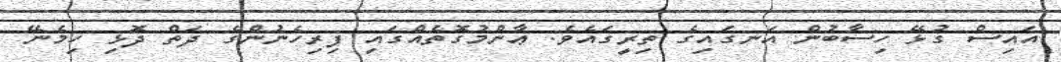
އައިސް ގުޅޭ ހިސާބުން އަނގައިގެ ތިރީގައެވެ. ޢާންމުގޮތެއްގައި ފިރިހެނުންގެ ދަތް ދޮޅި ހިމެނޭ